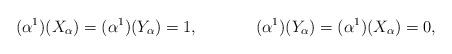
LaTeX: \begin{align*}&(\alpha^1)(X_\alpha)=(\alpha^1)(Y_\alpha)=1,&(\alpha^1)(Y_\alpha)=(\alpha^1)(X_\alpha)=0,\end{align*}